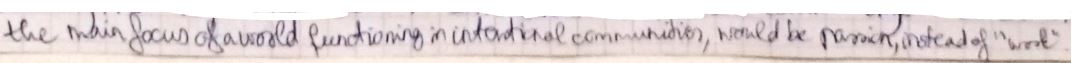
the main focus of world functioning in central sense invites, would be promulgated by small